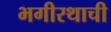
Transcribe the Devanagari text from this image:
भगीरथाची